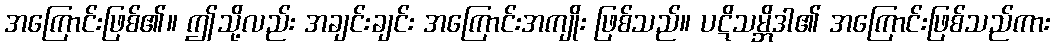
အကြောင်းဖြစ်၏။ ဤသို့လည်း အချင်းချင်း အကြောင်းအကျိုး ဖြစ်သည်။ ပဋိသမ္ဘိဒါ၏ အကြောင်းဖြစ်သည်ကား